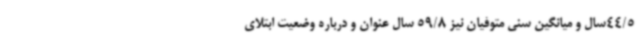
44/5سال و میانگین سنی متوفیان نیز 59/8 سال عنوان و درباره وضعیت ابتلای